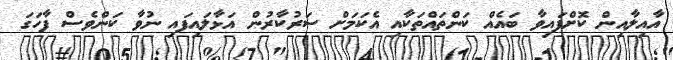
އާއިލާއިން ކޮށްފައިވާ ބައެއް ކަންތައްތަކާއި އެކަމަށް ސަރުކާރުން އަޅާލައިފައި ނުވާ ކަންވެސް ފާހަގަ